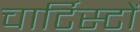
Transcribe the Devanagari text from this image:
चार्टिस्टों